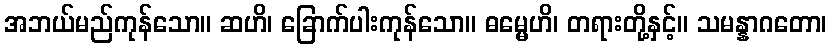
အဘယ်မည်ကုန်သော။ ဆဟိ၊ ခြောက်ပါးကုန်သော။ ဓမ္မေဟိ၊ တရားတို့နှင့်။ သမန္နာဂတော၊